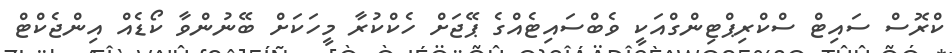
ކްރޮސް ސައިޓް ސްކްރިޕްޓިންގްއަކީ ވެބްސައިޓެއްގެ ޕޭޖަށް ހެކްކުރާ މީހަކަށް ބޭނުންވާ ކޯޑެއް އިންޖެކްޓް